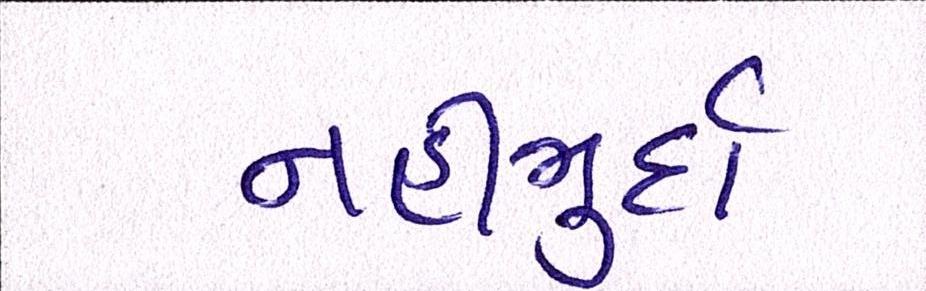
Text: નહીંમુર્દા